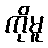
ကိုမူ